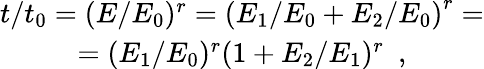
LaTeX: \begin{array}{c}{t/t_{0}=(E/E_{0})^{r}=\left(E_{1}/E_{0}+E_{2}/E_{0}\right)^{r}=}\\ {=(E_{1}/E_{0})^{r}(1+E_{2}/E_{1})^{r}\, \, \, ,}\end{array}